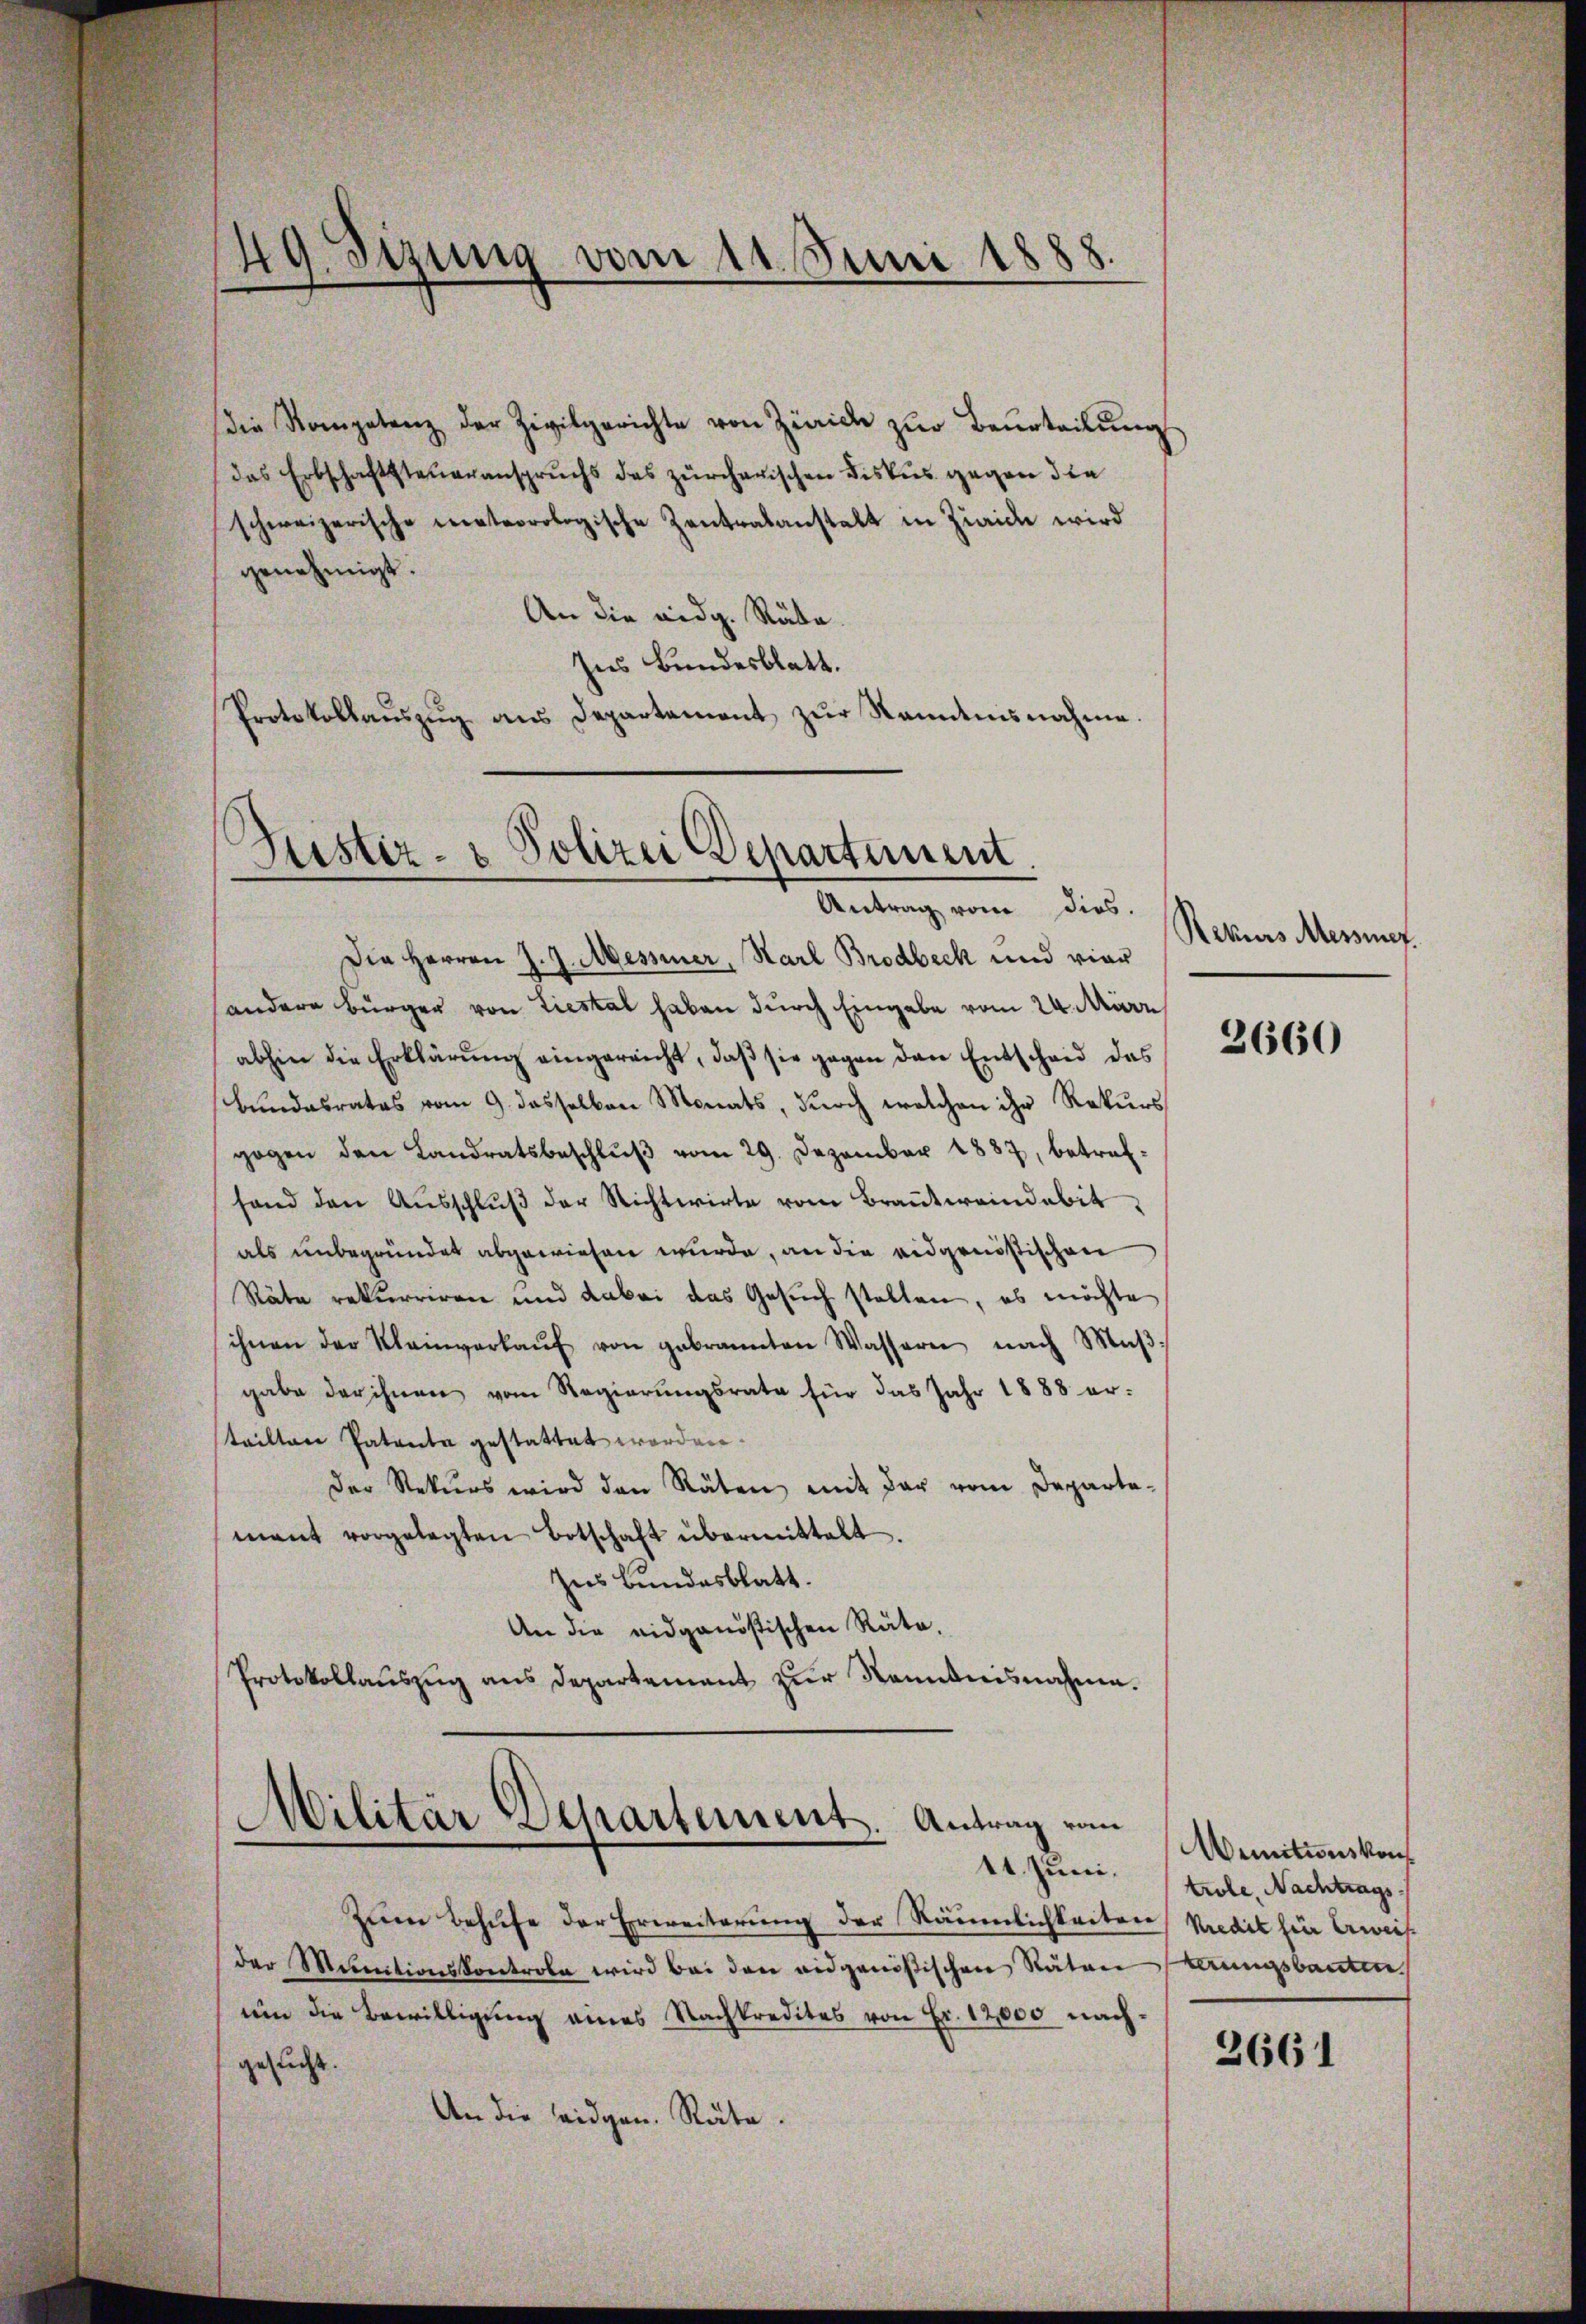
die Kompetenz der Zivilgerichte von Zürich zur Beurteilung
das Erbschaftsteueranspruchs das zürcherischen Fiskus gegen die
schweizerische meteorologische Zentralanstalt in Ziaiche wird
genehmigt.
An die eidg. Räte.
Ins Bundesblatt.
Protokollaŭszŭg ans Departement zŭr Nandnisnahme.

49. Sizung vom 11. Juni 1888.

C.
Justiz- & Polizei Departement.
Antrag vom dies.

Die Herren J. J. Messner, Karl Brodbeck und vier
sondern Bürger von Liestal haben durch Eingabe vom 24. März
abhin die Erklärŭng eingereicht, daβ sie gegen den Entscheid des
Bundesrates vom 9. dasselben Monats, durch welchen ihr Rekurs
gogen den Landratsbeschlŭβ vom 29. Dezember 1887, betreffand den Aŭsschlŭβ der Richtwirte vom Braṅtweindebit
als unbegründet abgewiesen wurde, an die eidgenößischen
Räte rekurriren und dabei das Gesuch stellen, es möchte
ihnen der Kleinverkaŭf von gebrannten Wassern nach Maβ-
gabe der ihnen vom Regierungsrate für das Jahr 1888 er-
steilten Patenta gestattet worden.
Der Rekurs wird den Räten mit der vom Departa-
mant vorgelegten Botschaft übermittelt.
Ins Bundesblatt.
An die eidganösischen Räte.
Protokollauszug aus Departement zur Kenntnisnahme.
Militär Departement. Antrag vom
Zum Behufe der Erweiterung der Räumlichkeiten Kredit hin beweisder Medictionskontrole wird bei den eidgenößischen Räten herungsbauten.
um die Bewilligung eines Nachkredites von Fr. 12,000 nachgesucht.
An die Eidgen. Räte.

Rekurs Messnef.

2660

Wenitionskom¬
11. Juni trole, Nachtrags-

2661